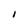
Character: I